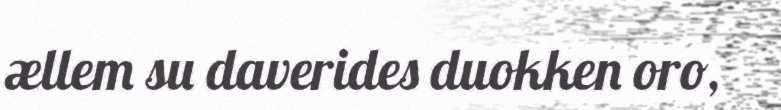
ællem su daverides duokken oro,